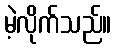
မဲ့လိုက်သည်။